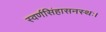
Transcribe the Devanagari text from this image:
स्वर्णसिंहासनस्थः।